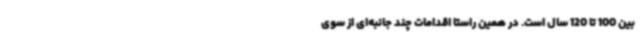
بین 100 تا 120 سال است. در همین راستا اقدامات چند جانبه‌ای از سوی